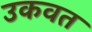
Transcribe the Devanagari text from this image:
उकवत